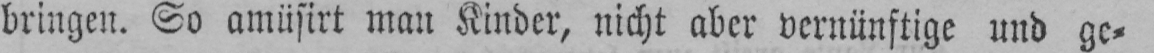
bringen. So amüsirt man Kinder, nicht aber vernünftige und ge⸗